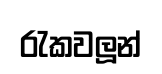
රැකවලූන්